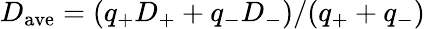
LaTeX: D_{\mathrm{ave}}=(q_{+}D_{+}+q_{-}D_{-})/(q_{+}+q_{-})